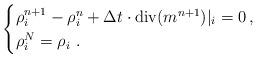
LaTeX: \begin{align*}\begin{cases}\rho^{n+1}_i - \rho^n_i + \Delta t\cdot\textrm{div}(m^{n+1})|_i = 0 \,, \\ \rho^{N}_i = \rho_i \ .&\end{cases}\end{align*}